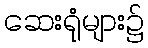
ဆေးရုံများ၌